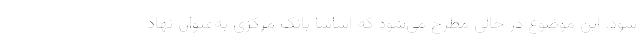
شود. این موضوع در حالی مطرح می‌شود که اساساً بانک مرکزی به‌عنوان نهاد